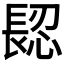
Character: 𨲅